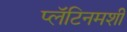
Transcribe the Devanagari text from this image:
प्लॅटिनमशी